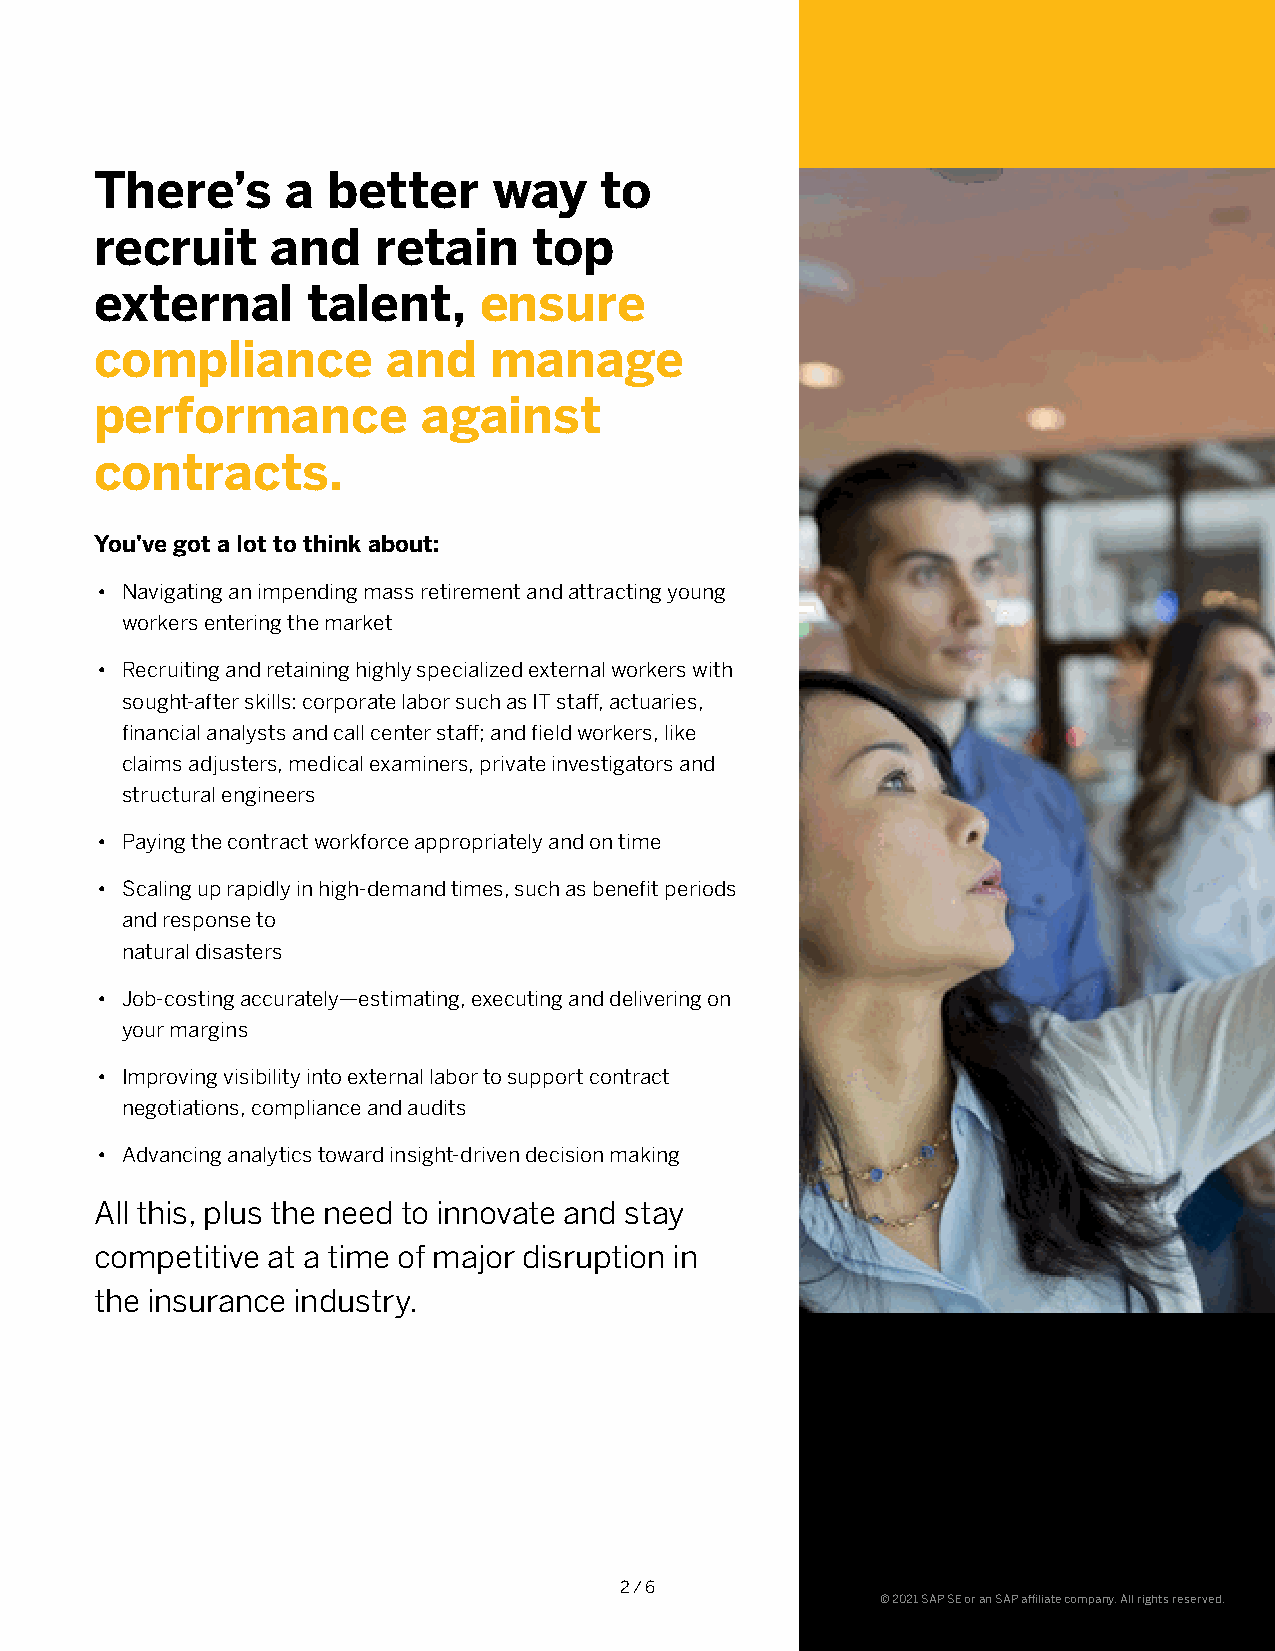
There’s      a  better     way    to
 recruit     and    retain    top
 external      talent,     ensure
 compliance          and   manage
 performance           against
 contracts.
 You’ve got a lot to think about:
 • Navigating an impending mass retirement and attracting young
 workers entering the market
 • Recruiting and retaining highly specialized external workers with
 sought-after skills: corporate labor such as IT staff, actuaries,
 financial analysts and call center staff; and field workers, like
 claims adjusters, medical examiners, private investigators and
 structural engineers
 • Paying the contract workforce appropriately and on time
 • Scaling up rapidly in high-demand times, such as benefit periods
 and response to
 natural disasters
 • Job-costing accurately—estimating, executing and delivering on
 your margins
 • Improving visibility into external labor to support contract
 negotiations, compliance and audits
 • Advancing analytics toward insight-driven decision making
 All this, plus the need to innovate and stay
 competitive at a time of major disruption in
 the insurance industry.
 2 / 6
 © 2021 SAP SE or an SAP affiliate company. All rights reserved.